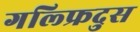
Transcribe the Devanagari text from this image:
गल्फ्रिदुस